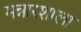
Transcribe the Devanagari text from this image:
मन्नारशाला